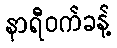
နာရီဝက်ခန့်